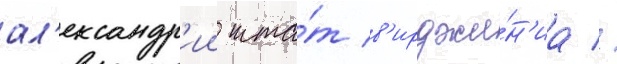
ал'ександр'ии шта́т в'ирджи́н'иа //